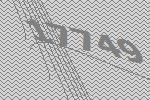
17749